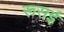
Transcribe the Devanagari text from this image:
रूसई